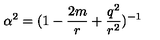
\alpha ^ { 2 } = ( 1 - \frac { 2 m } { r } + \frac { q ^ { 2 } } { r ^ { 2 } } ) ^ { - 1 }